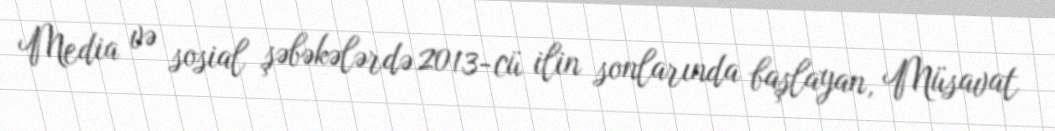
Media və sosial şəbəkələrdə 2013-cü ilin sonlarında başlayan, Müsavat